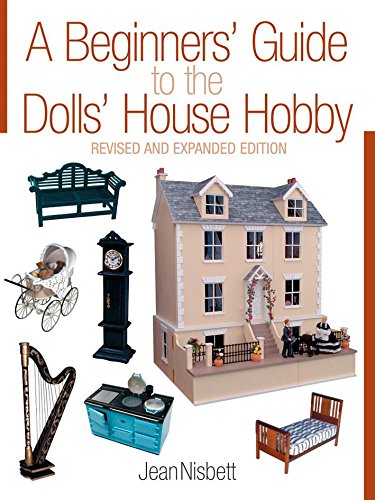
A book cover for A Beginners' Guide to the Dolls' House Hobby: Revised and Expanded Edition; Jean Nisbett; Crafts, Hobbies & Home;